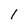
Character: 1